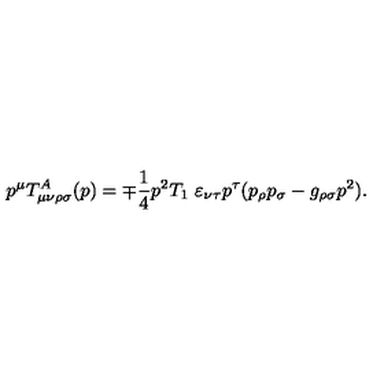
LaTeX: p ^ { \mu } T _ { \mu \nu \rho \sigma } ^ { A } ( p ) = \mp \frac { 1 } { 4 } p ^ { 2 } T _ { 1 } \ \varepsilon _ { \nu \tau } p ^ { \tau } ( p _ { \rho } p _ { \sigma } - g _ { \rho \sigma } p ^ { 2 } ) .